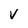
Character: v